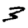
Digit: 3